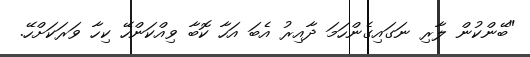
"ބޭންކުން ލާރި ނަގައިގެންހަމަ ދާއިރު އެބަ އަހާ ކޮބާ ވިއްކަންހޭ ކިހާ ވަރަކަށްހޭ.